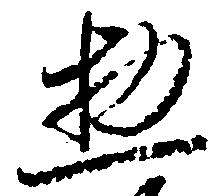
惣